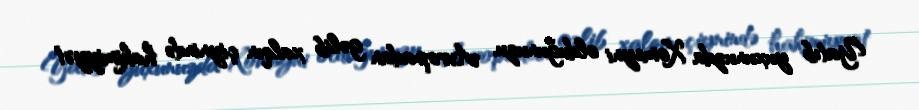
Yatıb yuxunuzda Xomeyni olduğunuzu, Avropadan gəlib xalqın çiynində hakimiyyət